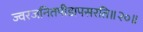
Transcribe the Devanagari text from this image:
ज्वरजनितपीडापसरति॥२०॥